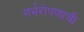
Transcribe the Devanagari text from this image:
गर्भरोपणाची